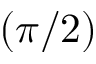
\left( \pi / 2 \right)